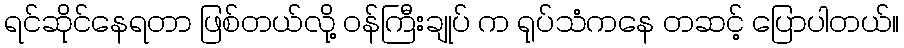
ရင်ဆိုင်နေရတာ ဖြစ်တယ်လို့ ဝန်ကြီးချုပ် က ရုပ်သံကနေ တဆင့် ပြောပါတယ်။